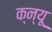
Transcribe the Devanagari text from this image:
क्न्यू